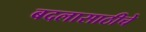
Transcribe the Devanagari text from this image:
बदलासाठीचे